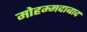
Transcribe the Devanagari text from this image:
मोहम्‍मदाबाद